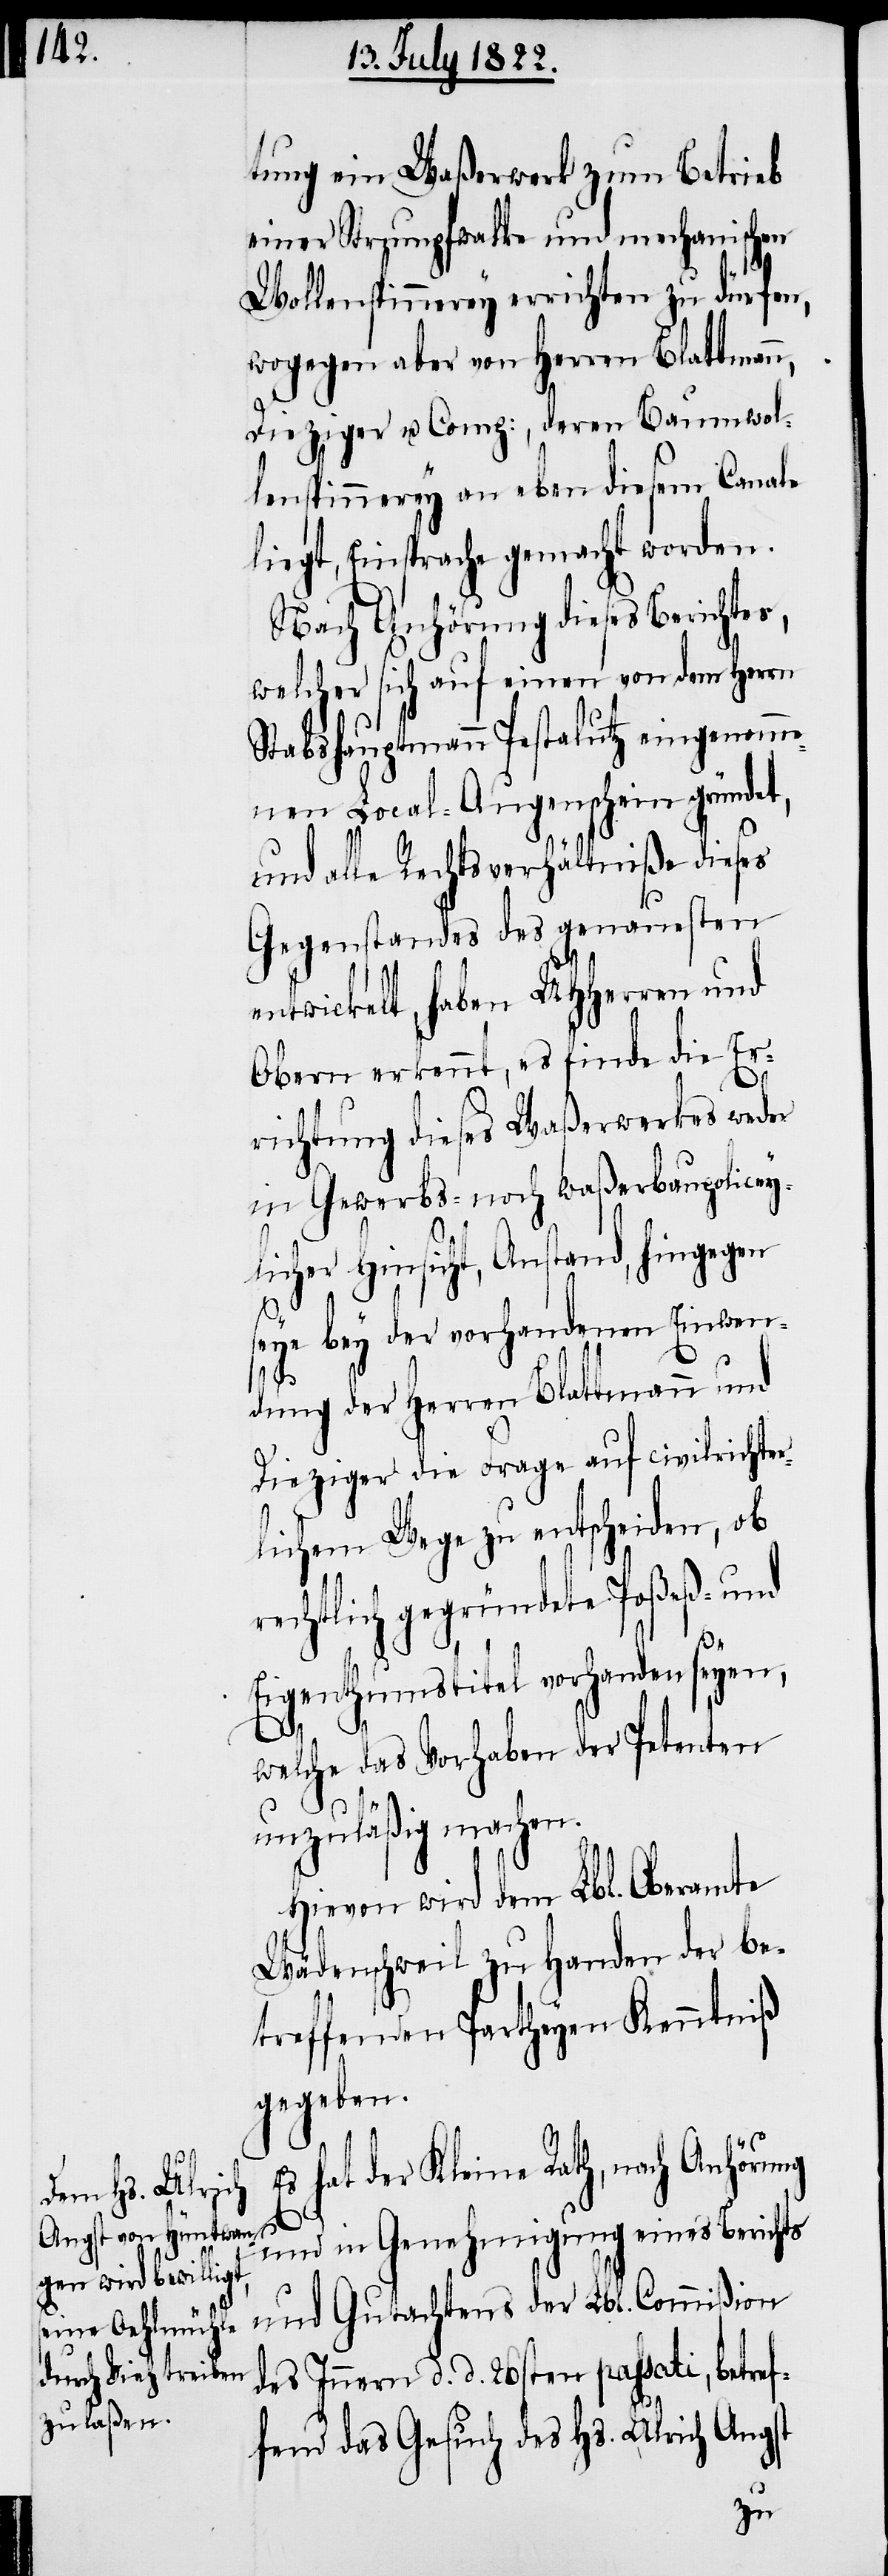
tung ein Waßerwerk zum Betrieb
einer Strumpfwalke und mechanischer
Wollenspinnerey errichten zu dürfen,
wogegen aber von Herren Blattmann,
Dieziger & Comp:, deren Baumwol¬
lenspinnerey an eben diesem Canale
liegt, Einsprache gemacht worden.
Nach Anhörung dieses Berichtes,
welcher sich auf einen von dem Herrn
Stabshauptmann Pestalutz eingenomme¬
nen Local-Augenschein gründet,
und alle Rechtsverhältniße dieses
Gegenstandes des genauesten
twickelt, haben UHHerren und
Obern erkennt, es finde die Er¬
richtung dieses Waßerwerkes weder
in Gewerbs- noch waßerbaupolicey¬
licher Hinsicht Anstand, hingegen
seye bey der vorhandenen Einwen¬
dung der Herren Blattmann und
Dieziger die Frage auf civilrichter¬
lichem Wege zu entscheiden, ob
rechtlich gegründete Poßeß- und
Eigenthumstitel vorhanden seyen,
welche das Vorhaben der Petenten
unzuläßig machen.
Hievon wird dem Lbl. Oberamte
Wädenschweil zu Handen der be¬
treffenden Partheyen Kenntniß
gegeben.
hat der Kleine Rath, nach Anhöru¬
und in Genehmigung eines Berichts
und Gutachtens der Lbl. Commißion
des Innern d. d. 26sten passati, betref¬
fend das Gesuch des Hs. Ulrich Angst
ng